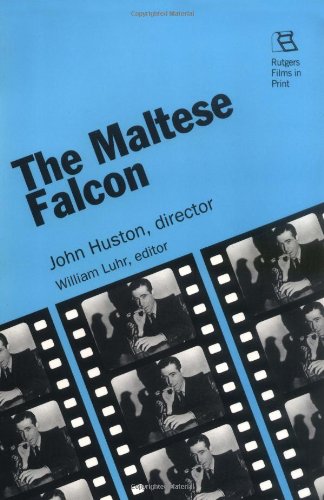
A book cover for The Maltese Falcon: John Huston, director (Rutgers Films in Print series); Humor & Entertainment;